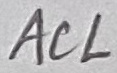
Text: ACL